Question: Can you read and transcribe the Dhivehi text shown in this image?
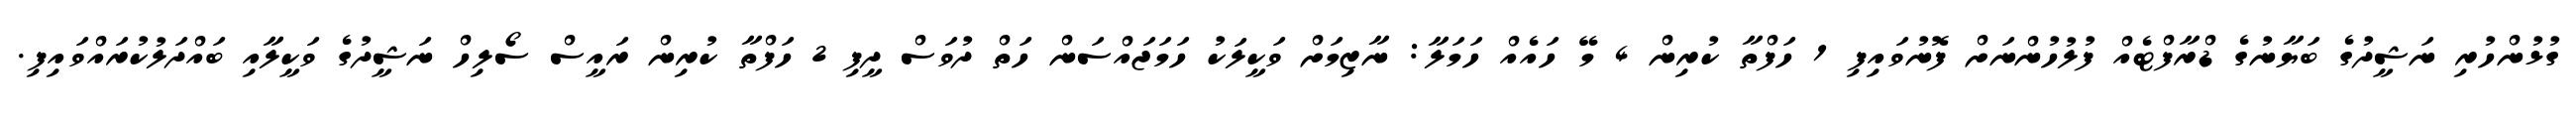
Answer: ގުޅުންހުރި ނަޝީދުގެ ބަޔާނުގެ ޑްރާފްޓެއް ފުލުހުންނަށް ފޮނުވައިފި 1 ހަފްތާ ކުރިން 4 މޭ ހައެއް ހަމަލާ: ނާޒިމަށް ވަކީލަކު ހަމަޖައްސަން ހަތް ދުވަސް ދީފި 2 ހަފްތާ ކުރިން ރައީސް ސޯލިހް ނަޝީދުގެ ވަކީލާއި ބައްދަލުކުރައްވައިފި.